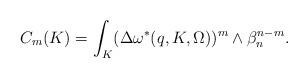
LaTeX: \begin{align*} C_m(K)= \int_{K}(\Delta \omega^*(q,K,\Omega))^m\wedge\beta_n^{n-m}.\end{align*}